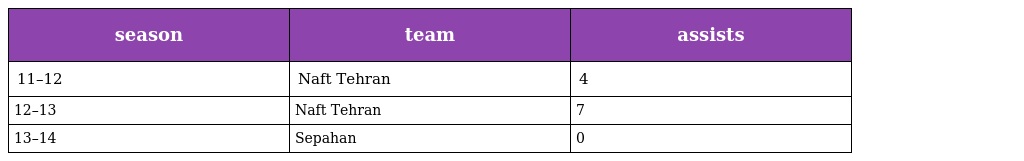
| season | team | assists |
 | --- | --- | --- |
 | 11–12 | Naft Tehran | 4 |
 | 12–13 | Naft Tehran | 7 |
 | 13–14 | Sepahan | 0 |